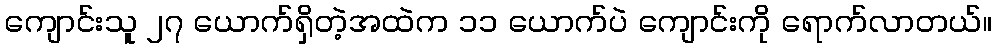
ကျောင်းသူ ၂၇ ယောက်ရှိတဲ့အထဲက ၁၁ ယောက်ပဲ ကျောင်းကို ရောက်လာတယ်။